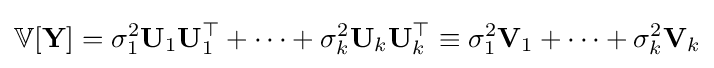
\mathbb {V} [\mathbf {Y} ]=\sigma _{1}^{2}\mathbf {U} _{1}\mathbf {U} _{1}^{\top }+\cdots +\sigma _{k}^{2}\mathbf {U} _{k}\mathbf {U} _{k}^{\top }\equiv \sigma _{1}^{2}\mathbf {V} _{1}+\cdots +\sigma _{k}^{2}\mathbf {V} _{k}